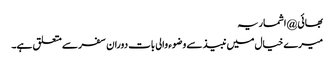
بھائی @اشماریہ
میرے خیال میں نبیذ سے وضوء والی بات دوران سفر سے متعلق ہے۔